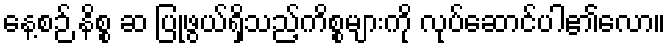
နေ့စဉ် နိစ္စ ဆ ပြုဖွယ်ရှိသည့်ကိစ္စများကို လုပ်ဆောင်ပါ၏လော။